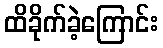
ထိခိုက်ခဲ့ကြောင်း